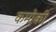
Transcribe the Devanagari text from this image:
कमोकी